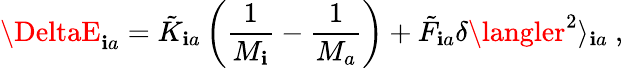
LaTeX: \DeltaE_{\mathbf{i}a}=\tilde{{K}}_{\mathbf{i}a}\left(\frac{{1}}{{M_{\mathbf{i}}}}-\frac{{1}}{{M_{a}}}\right)+\tilde{{F}}_{\mathbf{i}a}\delta\langler^{2}\rangle_{\mathbf{i}a}\ ,